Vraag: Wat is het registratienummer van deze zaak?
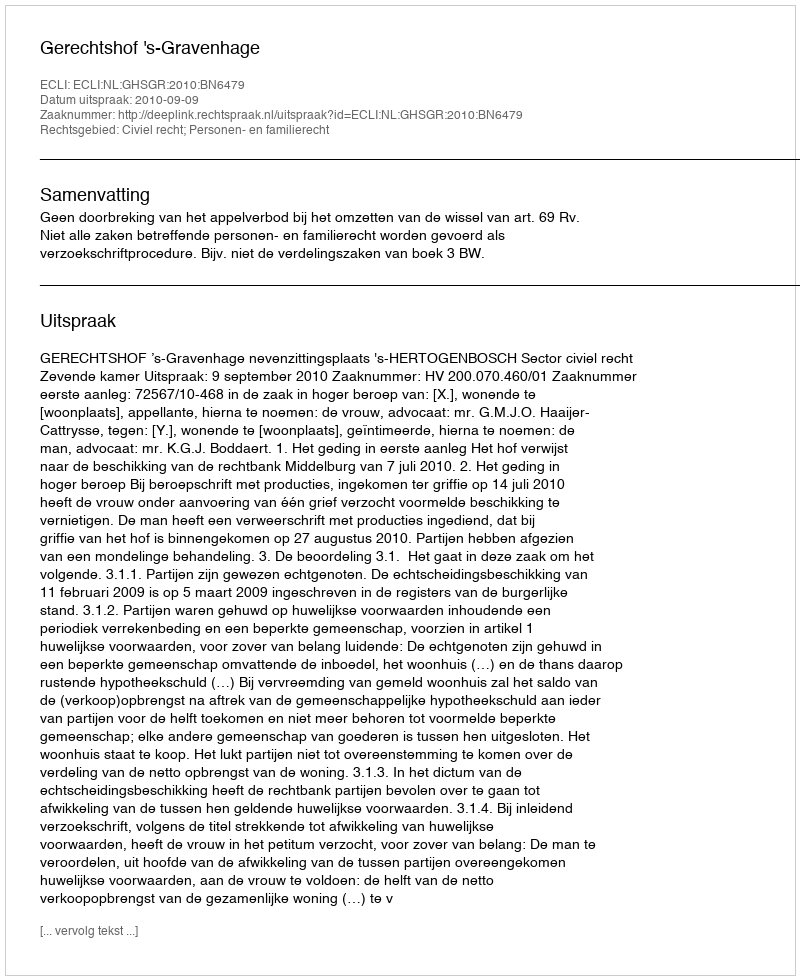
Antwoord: http://deeplink.rechtspraak.nl/uitspraak?id=ECLI:NL:GHSGR:2010:BN6479